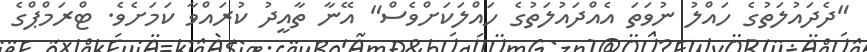
"ދެދައުލަތުގެ ހައްލު ނުވަތަ އެއްދައުލަތުގެ ހައްލަކަށްވެސް" އޭނާ ތާއީދު ކުރައްވާ ކަމަށެވެ. ޓްރަމްޕްގެ